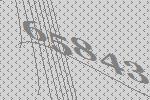
65843